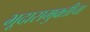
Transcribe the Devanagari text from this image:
भूदासमुक्तीचा